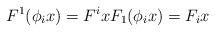
LaTeX: \begin{align*}F^1(\phi_i x) = F^i x F_1(\phi_i x) = F_i x\end{align*}